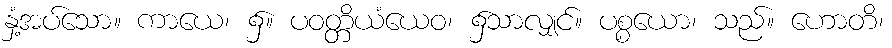
နှံ့အပ်သော။ ကာယေ၊ ၌။ ပဝတ္တိယံယေဝ၊ ၌သာလျှင်။ ပစ္စယော၊ သည်။ ဟောတိ၊